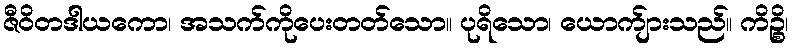
ဇီဝိတဒါယကော၊ အသက်ကိုပေးတတ်သော။ ပုရိသော၊ ယောက်ျားသည်။ ကိဉ္စိ၊